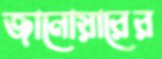
জানোয়ারের